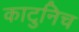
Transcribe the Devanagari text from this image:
काटुनिच